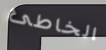
الخاطئ